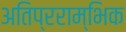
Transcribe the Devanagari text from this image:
अतिप्रराम्भिक